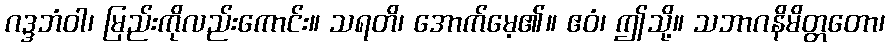
ဂဒ္ဒဘံဝါ၊ မြည်းကိုလည်းကောင်း။ သရတိ၊ အောက်မေ့၏။ ဧဝံ၊ ဤသို့။ သဘာဂနိမိတ္တတော၊